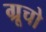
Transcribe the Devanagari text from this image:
ग्रूचो